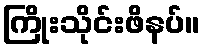
ကြိုးသိုင်းဖိနပ်။